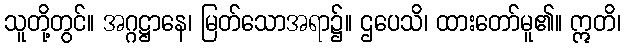
သူတို့တွင်။ အဂ္ဂဋ္ဌာနေ၊ မြတ်သောအရာ၌။ ဌပေသိ၊ ထားတော်မူ၏။ ဣတိ၊